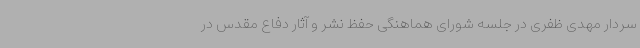
سردار مهدی ظفری در جلسه شورای هماهنگی حفظ نشر و آثار دفاع مقدس در